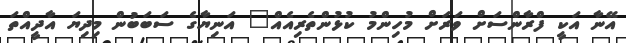
އޭނާ އަކީ ފްރާންސަށް ވަރަށް މުހިންމު ކުޅުންތެރިއެއް" އަނިޔާގެ ސަބަބުން މިދިޔަ އާދީއްތަ